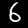
Label: 6